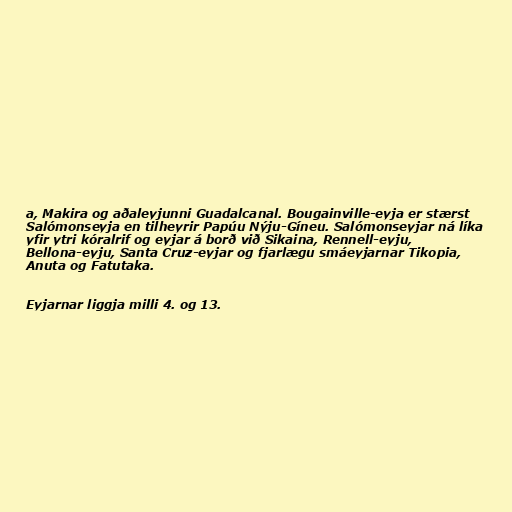
a, Makira og aðaleyjunni Guadalcanal. Bougainville-eyja er stærst
Salómonseyja en tilheyrir Papúu Nýju-Gíneu. Salómonseyjar ná líka
yfir ytri kóralrif og eyjar á borð við Sikaina, Rennell-eyju,
Bellona-eyju, Santa Cruz-eyjar og fjarlægu smáeyjarnar Tikopia,
Anuta og Fatutaka.

Eyjarnar liggja milli 4. og 13.